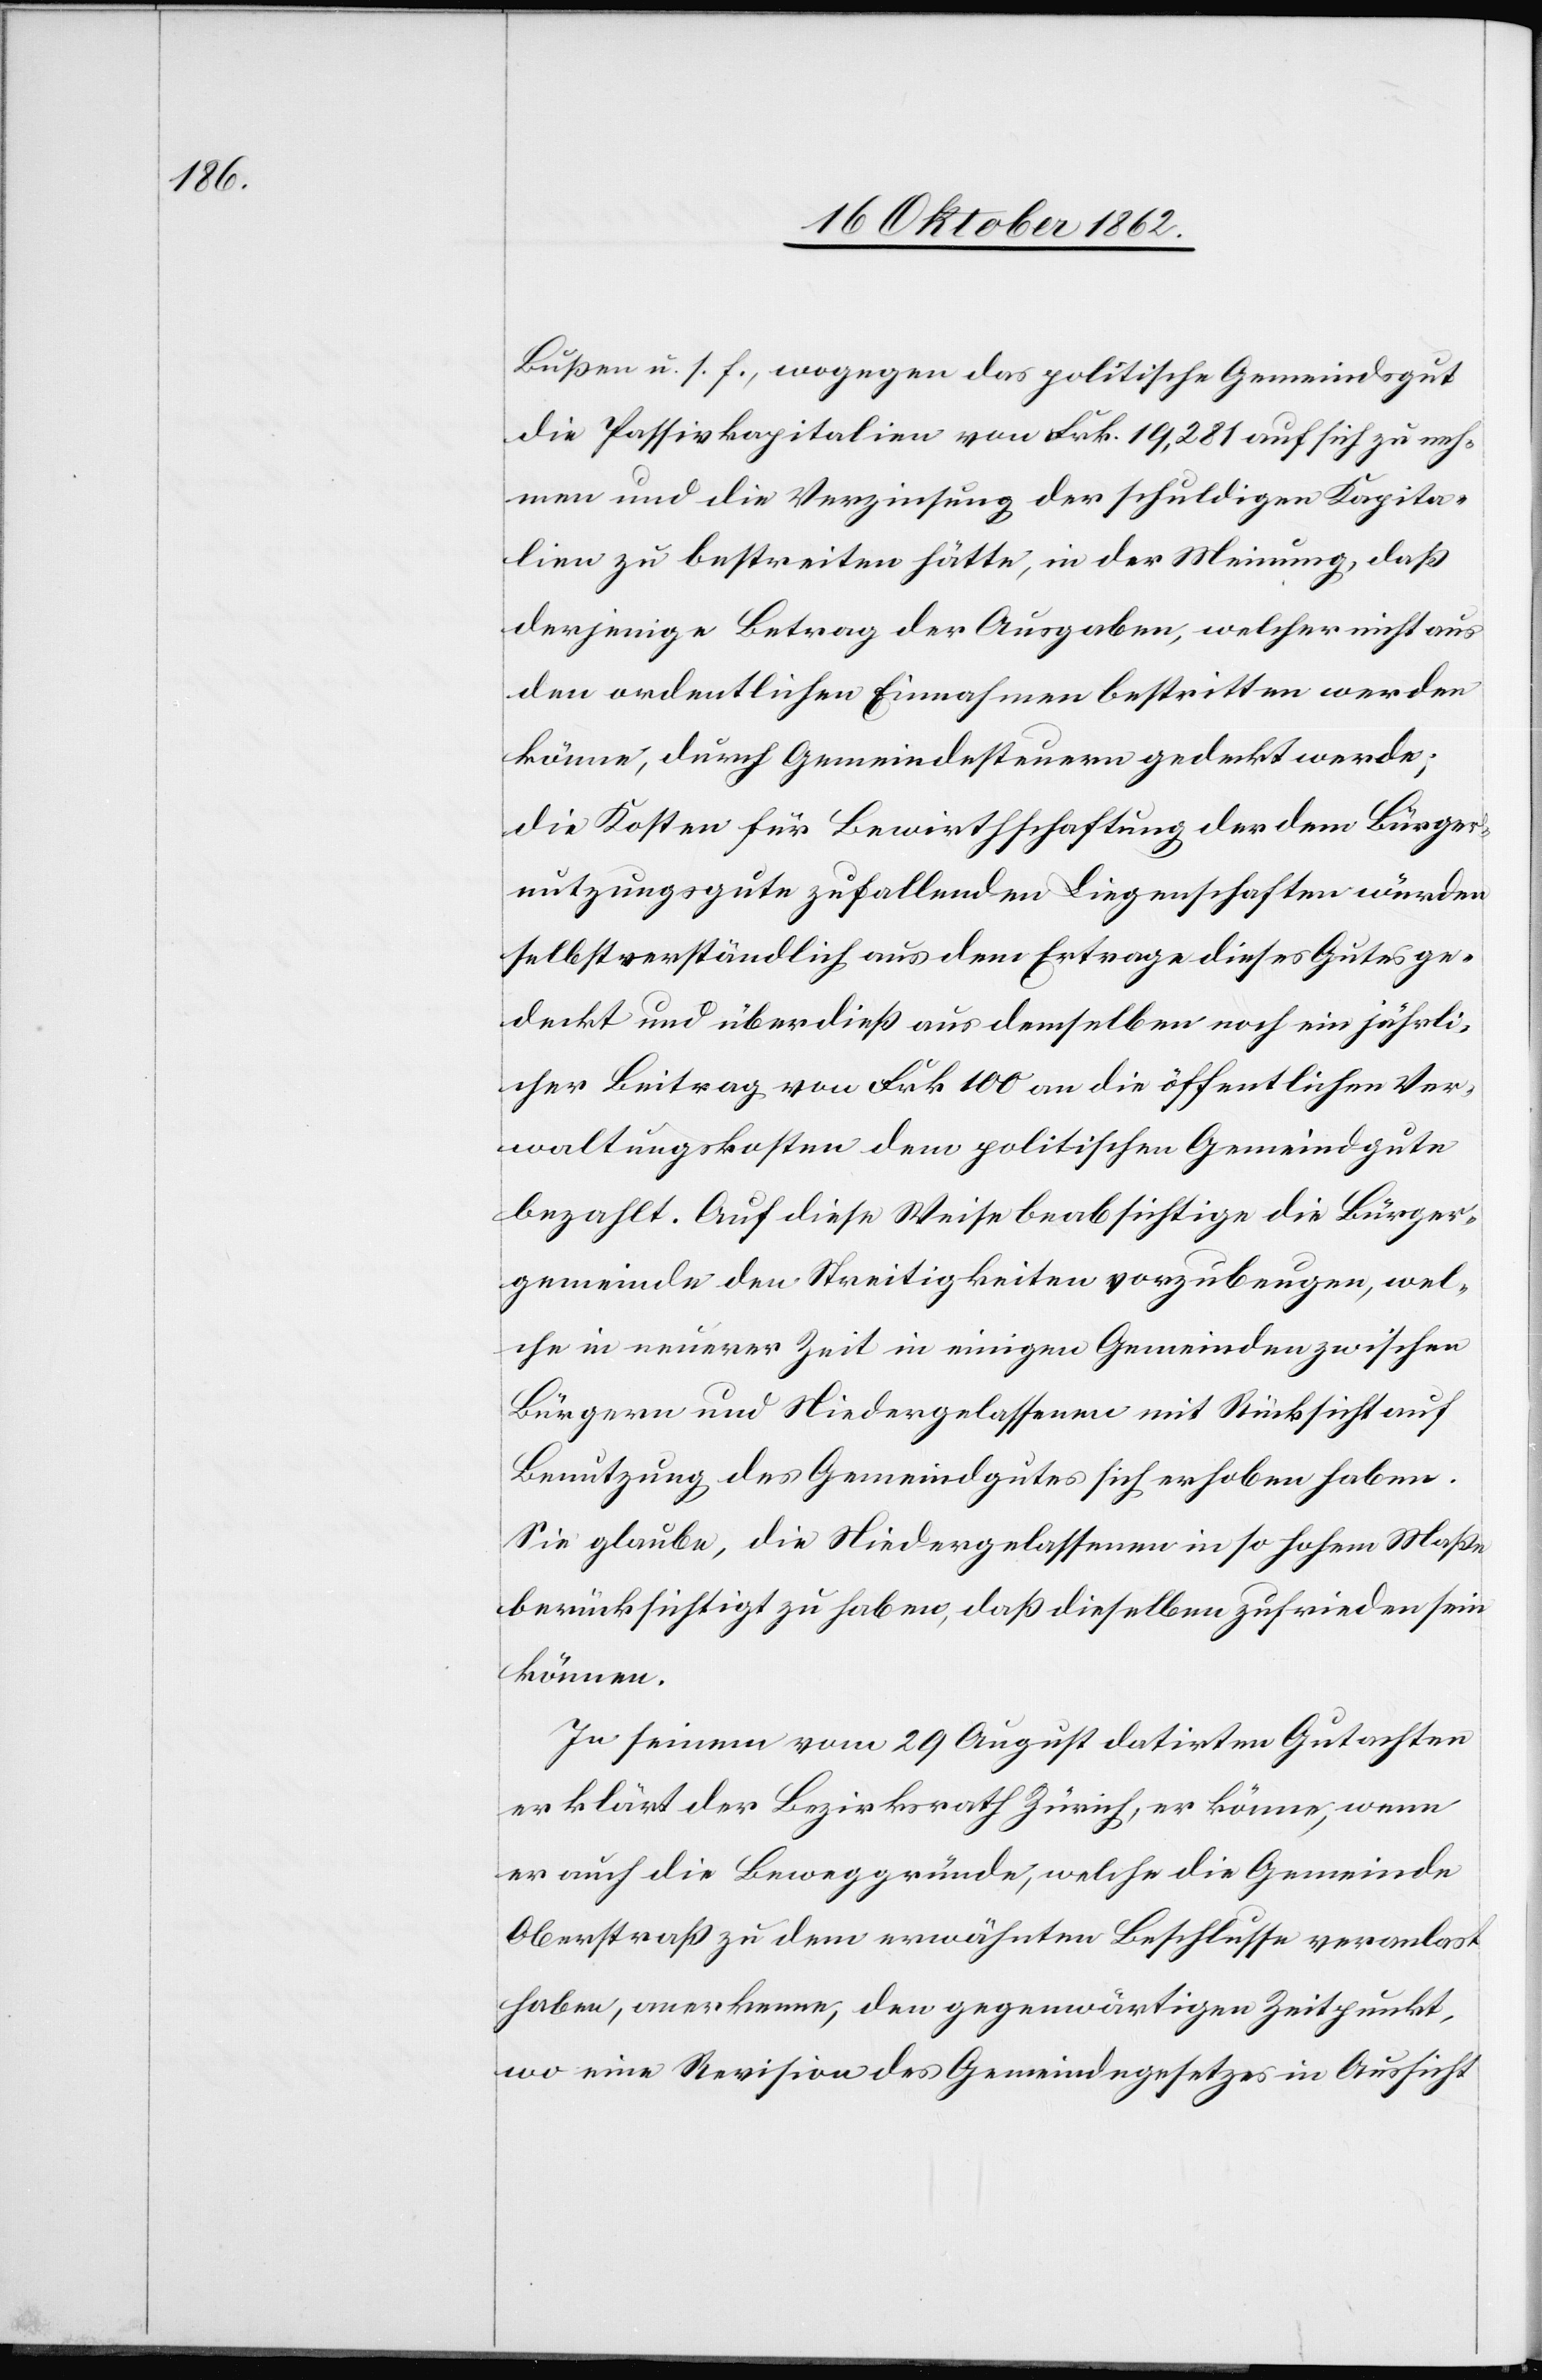
Bußen u. s f., wogegen das politische Gemeindsgut
die Passivkapitalien von Frk. 129,281 auf sich zu neh¬
men und die Verzinsung der schuldigen Kapita¬
lien zu bestreiten hätte, in der Meinung, daß
derjenige Betrag der Ausgaben, welcher nicht aus
den ordentlichen Einnahmen bestritten werden
könne, durch Gemeindesteuern gedeckt werde;
die Kosten für Bewirthschaftung der dem Bürger¬
nutzungsgute zufallenden Liegenschaften wurden
selbstverständlich aus dem Ertrage dieses Gutes ge¬
deckt und überdieß aus demselben noch ein jährli¬
cher Beitrag von Frk. 100 an die öffentlichen Ver¬
waltungskosten dem politischen Gemeindgute
bezahlt. Auf diese Weise beabsichtige die Bürger¬
gemeinde den Streitigkeiten vorzubeugen, wel¬
che in neuerer Zeit in einigen Gemeinden zwischen
Bürgern und Niedergelassenen mit Rücksicht auf
Benutzung des Gemeindgutes sich erhoben haben.
Sie glaube, die Niedergelassenen in so hohem Maße
berücksichtigt zu haben, daß dieselben zufrieden sein
können.
In seinem vom 29. August datirten Gutachten
erklärt der Bezirksrath Zürich, er könne, wenn
er auch die Beweggründe, welche die Gemeinde
Oberstraß zu dem erwähnten Beschlusse veranlas[s]t
haben, anerkenne, den gegenwärtigen Zeitpunkt,
wo eine Revision des Gemeindegesetzes in Aussicht